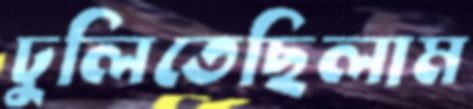
ঢুলিতেছিলাম